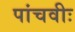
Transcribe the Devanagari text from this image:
पांचवीः